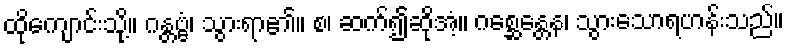
ထိုကျောင်းသို့။ ဂန္တဗ္ဗံ၊ သွားရာ၏။ စ၊ ဆက်၍ဆိုအံ့။ ဂစ္ဆေန္တေန၊ သွားသောရဟန်းသည်။